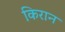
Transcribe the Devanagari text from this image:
किरान